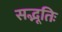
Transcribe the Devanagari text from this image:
सद्भूतिः